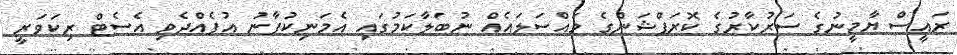
ރައީސް ޔާމީނުގެ ސަރުކާރުގެ ކޮރަޕްޝަންގެ މައްސަލައެއް ނުބަލާކަމުގައި އެމަނިކުފާނު އުފެއްދެވި އެސެޓް ރިކަވަރީ